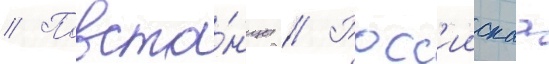
// Повста́нцы // Росс'иискаа